Vaccine operations Central Provinces & Berar 1922-1929 - 1922-1929
Year: 1922
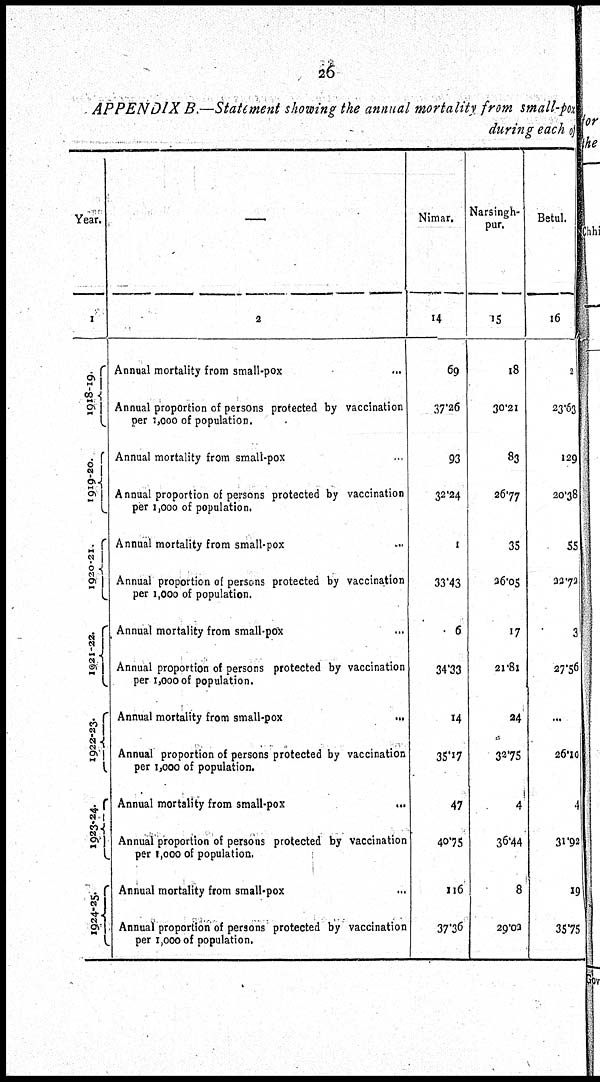
26
APPENDIX B.—Statement showing the annual mortality from small-pox
during each of
Year.
1
1918-19.
1919-20.
1920-21.
1921-22.
1922-23.
1923-24.
1924-25.
—
2
Annual mortality from small-pox ...
Annual proportion of persons protected by vaccination
per 1,000 of population.
Annual mortality from small-pox ...
Annual proportion of persons protected by vaccination
per 1,000 of population.
Annual mortality from small-pox ...
Annual proportion of persons protected by vaccination
per 1,000 of population.
Annual mortality from small-pox ...
Annual proportion of persons protected by vaccination
per 1,000 of population.
Annual mortality from small pox
...
Annual proportion of persons protected by vaccination
per 1,000 of population.
Annual mortality from small-pox ...
Annual proportion of persons protected by vaccination
per 1,000 of population.
Annual mortality from small-pox ...
Annual proportion of persons protected by vaccination
per 1,000 of population.
Nimar.
14
69
37.26
93
32.24
1
33.43
6
34.33
14
35.17
47
40.75
116
37.36
Narsingh-
pur.
15
18
30.21
83
26.77
35
26.05
17
21.8l
24
32.75
4
36.44
8
29.02
Betul.
16
2
23.63
129
20.38
55
22.72
3
27.56
...
26.10
4
31.92
19
35.75